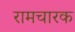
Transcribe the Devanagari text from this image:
रामचारक